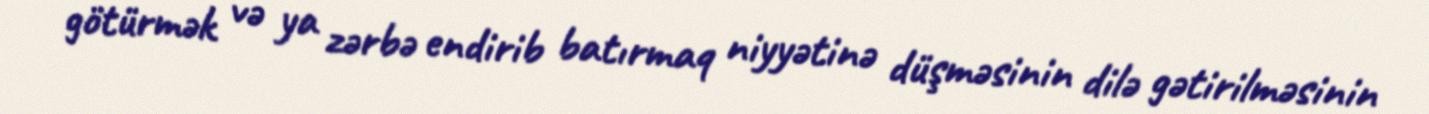
götürmək və ya zərbə endirib batırmaq niyyətinə düşməsinin dilə gətirilməsinin